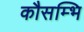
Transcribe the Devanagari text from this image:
कौसम्भि